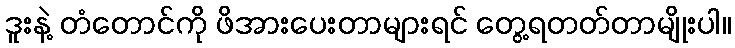
ဒူးနဲ့ တံတောင်ကို ဖိအားပေးတာများရင် တွေ့ရတတ်တာမျိုးပါ။